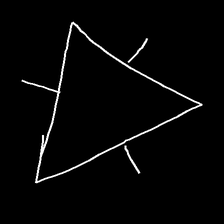
Glyph: fire